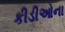
કીડીઓના